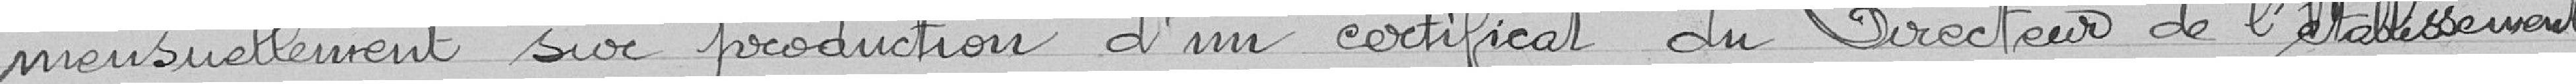
mensuellement sur production d'un certificat du directeur de l'établissement